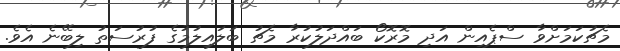
މެޗުކަމަށްވާ ސްޕެއިން އަދި މޮރޮކޯ ބައްދަލުކުރާ މެޗު ބަލައިލުމުގެ ފުރުސަތު ލިބޭނެ އެވެ.